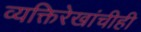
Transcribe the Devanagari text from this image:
व्यक्तिरेखांचीही